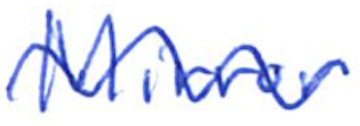
Text: Mirror
Cross-out: wave
Writing tool: ballpoint